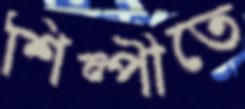
শিল্পীতে